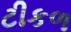
ટીકળ